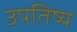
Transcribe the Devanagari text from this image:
उपतिष्य